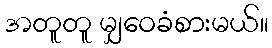
အတူတူ မျှဝေခံစားမယ်။